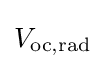
V_{{\text{oc}},{\text{rad}}}